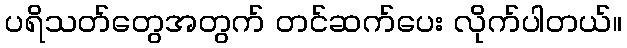
ပရိသတ်တွေအတွက် တင်ဆက်ပေး လိုက်ပါတယ်။